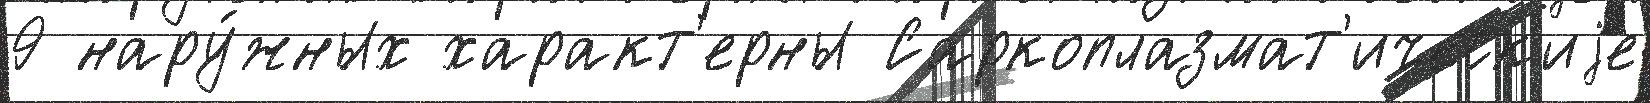
9 нару́жных характ'ерны Саркоплазмат'ическ'иjе